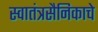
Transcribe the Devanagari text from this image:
स्वातंत्रसैनिकाचे